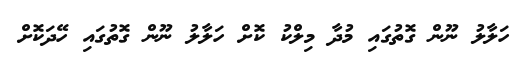
ހަލާލު ނޫން ގޮތުގައި މުދާ މިލްކު ކޮށް ހަލާލު ނޫން ގޮތުގައި ހޭދަކޮށް